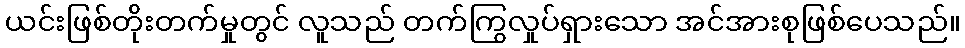
ယင်းဖြစ်တိုးတက်မှုတွင် လူသည် တက်ကြွလှုပ်ရှားသော အင်အားစုဖြစ်ပေသည်။